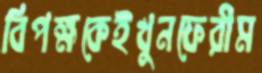
বিপক্ষকেইখুনফেরীম